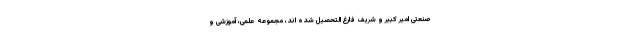
صنعتی امیر کبیر و شریف فارغ التحصیل شده اند، مجموعه علمی، آموزشی و